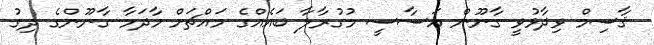
ޤާސިމް ވިދާޅުވީ ގާނޫން އަސާސީ މުގުރާލާ ބައެއްގެ މައްޗަށް މާދަމާ ގާނޫންގެ ދިގު